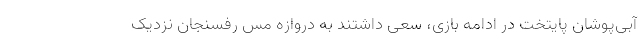
آبی‌پوشان پایتخت در ادامه بازی، سعی داشتند به دروازه مس رفسنجان نزدیک